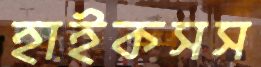
হাইকসস